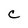
Character: C